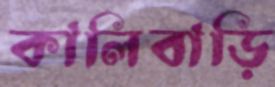
কালিবাড়ি